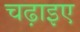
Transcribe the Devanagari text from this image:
चढ़ाइए